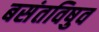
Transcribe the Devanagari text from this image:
बसंतविषुव